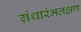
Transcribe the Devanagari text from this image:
ग्रंथारंभलक्षण